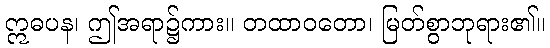
ဣဓပန၊ ဤအရာ၌ကား။ တထာဝတော၊ မြတ်စွာဘုရား၏။